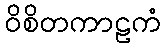
ဝိစိတကာဠကံ